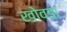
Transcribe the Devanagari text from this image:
खोवडा